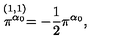
\stackrel { ( 1 , 1 ) } { \pi ^ { \alpha _ { 0 } } } = - { \frac { 1 } { 2 } } \pi ^ { \alpha _ { 0 } } ,